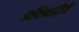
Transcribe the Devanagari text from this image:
प्रतिवादींचे